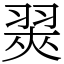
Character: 翜